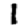
Digit: 1